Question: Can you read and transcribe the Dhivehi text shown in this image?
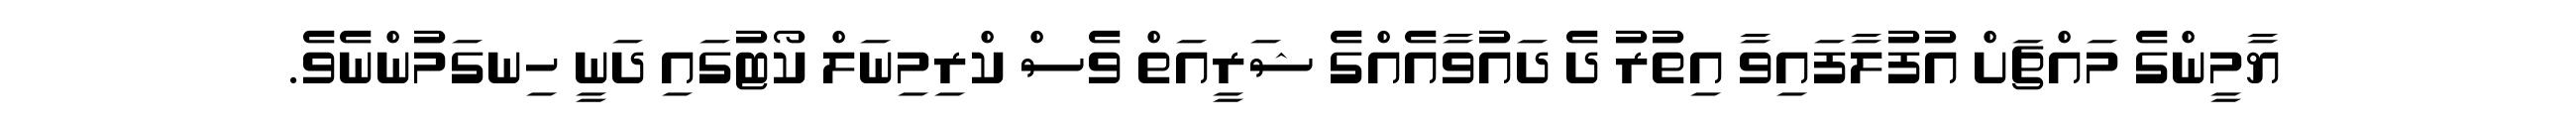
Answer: ޔާމީންގެ މައްޗަށް އުފުލާފައިވާ އިތުރު ދެ ދައުވާއެއްގެ ޝަރީއަތް ވެސް ކްރިމިނަލް ކޯޓުގައި ދަނީ ހިނގަމުންނެވެ.